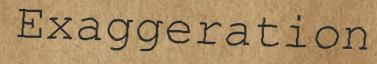
Exaggeration